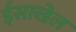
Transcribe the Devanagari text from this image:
ईसाखेल